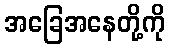
အခြေအနေတို့ကို